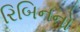
રિબિનનો